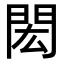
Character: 閎